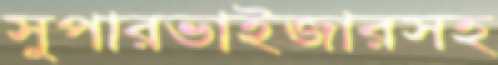
সুপারভাইজারসহ